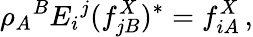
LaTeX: \rho_{A}{}^{B}E_{i}{}^{j}(f_{jB}^{X})^{*}=f_{iA}^{X}\, ,